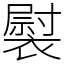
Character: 褽